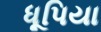
ધૂપિયા